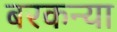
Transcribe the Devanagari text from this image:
बरकन्या